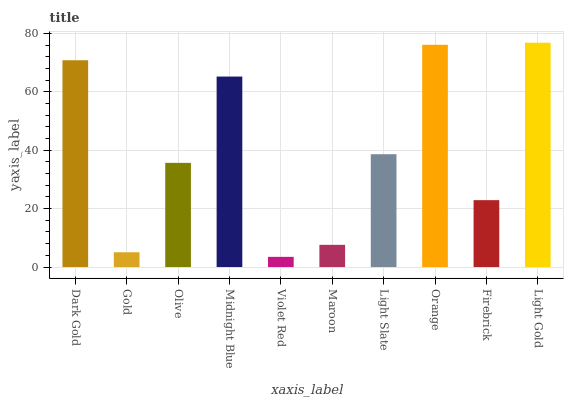
| xaxis_label | bars |
 | --- | --- |
 | Dark Gold | 70.8 |
 | Gold | 5.06 |
 | Olive | 35.7 |
 | Midnight Blue | 65.2 |
 | Violet Red | 3.49 |
 | Maroon | 7.6 |
 | Light Slate | 38.6 |
 | Orange | 76.1 |
 | Firebrick | 22.9 |
 | Light Gold | 76.8 |